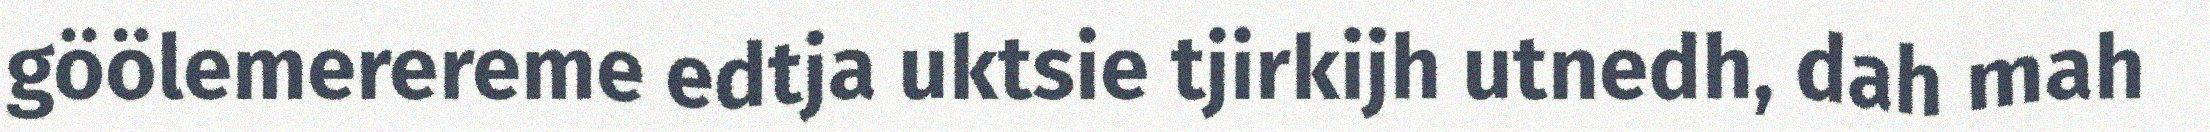
göölemerereme edtja uktsie tjirkijh utnedh, dah mah